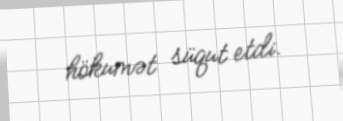
hökumət süqut etdi.